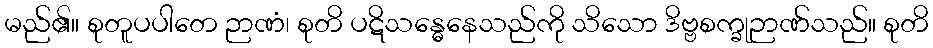
မည်၏။ စုတူပပါတေ ဉာဏံ၊ စုတိ ပဋိသန္ဓေနေသည်ကို သိသော ဒိဗ္ဗစက္ခုဉာဏ်သည်။ စုတိ